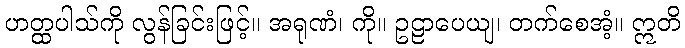
ဟတ္ထပါသ်ကို လွန်ခြင်းဖြင့်။ အရုဏံ၊ ကို။ ဥဠာပေယျ၊ တက်စေအံ့။ ဣတိ